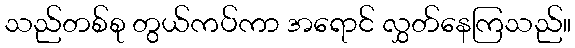
သည်တစ်စု တွယ်ကပ်ကာ အရောင် လွှတ်နေကြသည်။